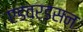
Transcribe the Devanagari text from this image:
एडवर्डसन